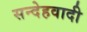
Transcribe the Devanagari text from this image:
सन्देहवादी